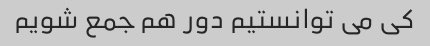
کی می توانستیم دور هم جمع شویم